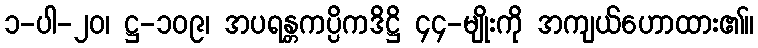
၁-ပါ-၂၀၊ ဋ္ဌ-၁၀၉၊ အပရန္တကပ္ပိကဒိဋ္ဌိ ၄၄-မျိုးကို အကျယ်ဟောထား၏။